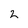
Character: 2